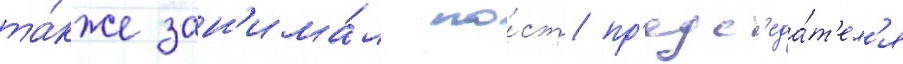
та́кже зан'има́л по́ст пр'едс'еда́т'ел'я